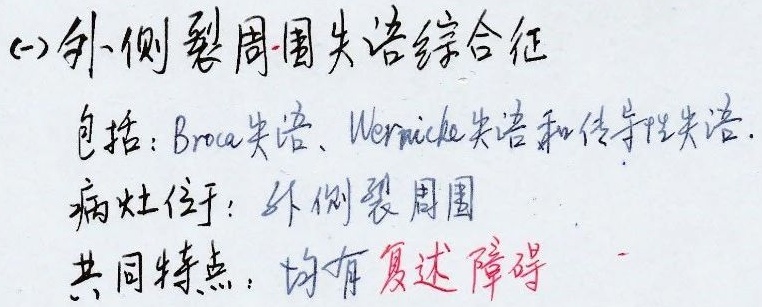
(一)外侧裂周围失语综合征包括：Broca失语、Wernicke失语和传导性失语。病灶位于：外侧裂周围。共同特点：均有复述障碍。